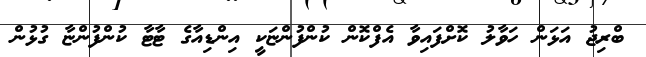
ބްރިޖު އަޅަން ހަވާލު ކޮށްފައިވާ އެފްކޮން ކުންފުންޏަކީ އިންޑިއާގެ ޓާޓާ ކުންފުންޏާ ގުޅުން